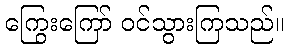
ကြွေးကြော် ဝင်သွားကြသည်။